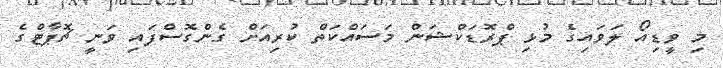
މި ވީޑިއޯ ލަވައިގެ މުޅި ޕްރޮޑަކްޝަން މަސައްކަތް ކުރިއަށް ގެންގޮސްފައި ވަނީ ޗޮޕާޓްގެ